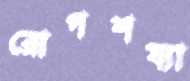
রোগশয্যা